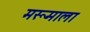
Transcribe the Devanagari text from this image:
मरूमाला